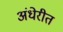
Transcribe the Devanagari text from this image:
अंधेरीत